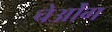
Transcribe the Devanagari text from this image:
चेओंग